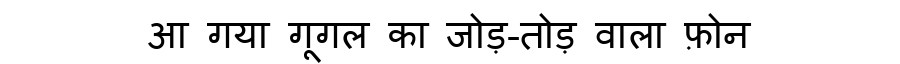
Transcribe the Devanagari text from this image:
आ गया गूगल का जोड़-तोड़ वाला फ़ोन